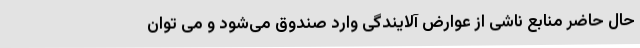
حال حاضر منابع ناشی از عوارض آلایندگی وارد صندوق می‌شود و می توان